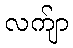
လက်ျာ